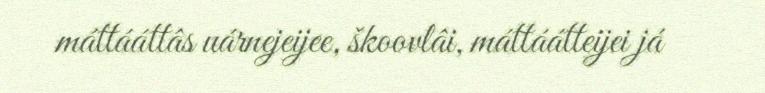
máttááttâs uárnejeijee, škoovlâi, máttáátteijei já